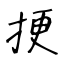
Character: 挭